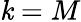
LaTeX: \mathit{k}=M